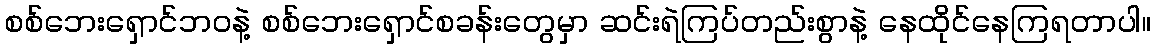
စစ်ဘေးရှောင်ဘဝနဲ့ စစ်ဘေးရှောင်စခန်းတွေမှာ ဆင်းရဲကြပ်တည်းစွာနဲ့ နေထိုင်နေကြရတာပါ။